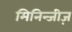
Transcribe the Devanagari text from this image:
मिनिन्जीज़